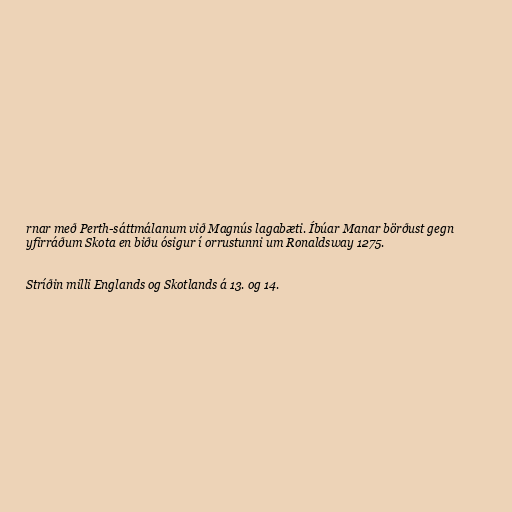
rnar með Perth-sáttmálanum við Magnús lagabæti. Íbúar Manar börðust gegn
yfirráðum Skota en biðu ósigur í orrustunni um Ronaldsway 1275.

Stríðin milli Englands og Skotlands á 13. og 14.